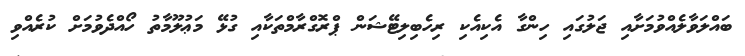
ބައްލަވާލެއްވުމަށާއި ޖަލުގައި ހިންގާ އެކިއެކި ރިހެބިލިޓޭޝަން ޕްރޮގްރާމްތަކާއި ގުޅޭ މަޢުލޫމާތު ހޯއްދެވުމަށް ކުރެއްވި